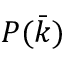
P ( \bar { k } )